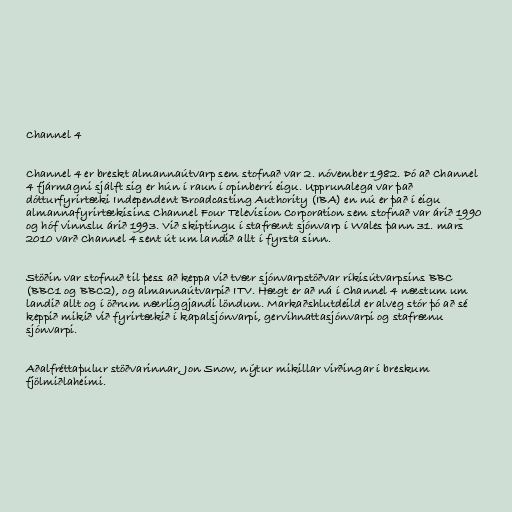
Channel 4

Channel 4 er breskt almannaútvarp sem stofnað var 2. nóvember 1982. Þó að Channel
4 fjármagni sjálft sig er hún í raun í opinberri eigu. Upprunalega var það
dótturfyrirtæki Independent Broadcasting Authority (IBA) en nú er það í eigu
almannafyrirtækisins Channel Four Television Corporation sem stofnað var árið 1990
og hóf vinnslu árið 1993. Við skiptingu í stafrænt sjónvarp í Wales þann 31. mars
2010 varð Channel 4 sent út um landið allt í fyrsta sinn.

Stöðin var stofnuð til þess að keppa við tvær sjónvarpstöðvar ríkisútvarpsins BBC
(BBC1 og BBC2), og almannaútvarpið ITV. Hægt er að ná í Channel 4 næstum um
landið allt og í öðrum nærliggjandi löndum. Markaðshlutdeild er alveg stór þó að sé
keppið mikið við fyrirtækið í kapalsjónvarpi, gervihnattasjónvarpi og stafrænu
sjónvarpi.

Aðalfréttaþulur stöðvarinnar, Jon Snow, nýtur mikillar virðingar í breskum
fjölmiðlaheimi.